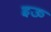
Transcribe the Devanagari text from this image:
इऊ